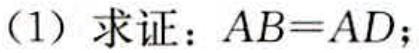
（1）求证：\(AB = AD\)；